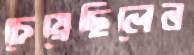
চেয়েছিলেন